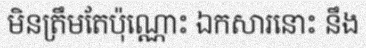
មិនត្រឹមតែប៉ុណ្ណោះ ឯកសារនោះ នឹង